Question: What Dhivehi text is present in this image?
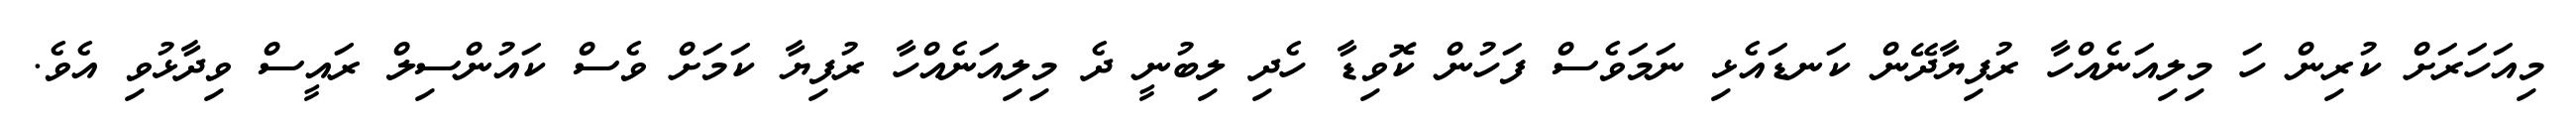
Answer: މިއަހަރަށް ކުރިން ހަ މިލިއަނެއްހާ ރުފިޔާދޭން ކަނޑައެޅި ނަމަވެސް ފަހުން ކޮވިޑާ ހެދި ލިބުނީ ދެ މިލިއަނެއްހާ ރުފިޔާ ކަމަށް ވެސް ކައުންސިލް ރައީސް ވިދާޅުވި އެވެ.